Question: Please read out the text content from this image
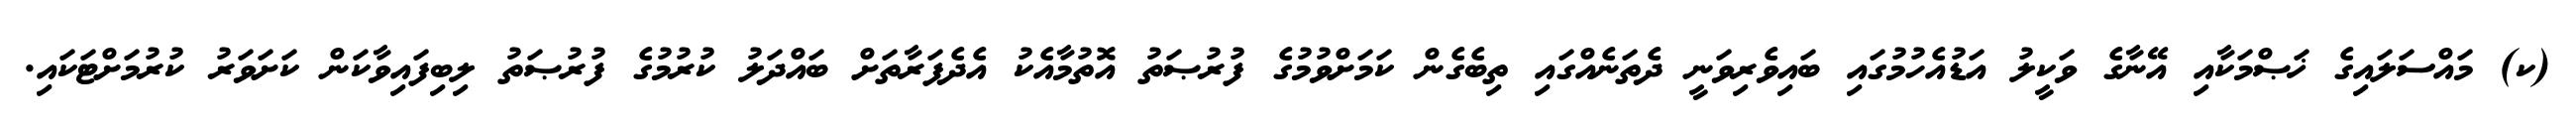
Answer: (ކ) މައްސަލައިގެ ޚަޞްމަކާއި އޭނާގެ ވަކީލު އަޑުއެހުމުގައި ބައިވެރިވަނީ ދެތަނެއްގައި ތިބެގެން ކަމަށްވުމުގެ ފުރުޞަތު އޮތުމާއެކު އެދެފަރާތަށް ބައްދަލު ކުރުމުގެ ފުރުޞަތު ލިބިފައިވާކަން ކަށަވަރު ކުރުމަށްޓަކައި.